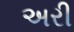
અરી